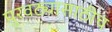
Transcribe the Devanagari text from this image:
पुरवठ्यासाठीच